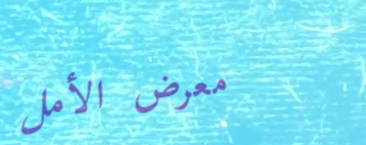
معرض الأمل